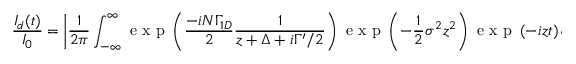
\frac { I _ { d } ( t ) } { I _ { 0 } } = \left| \frac { 1 } { 2 \pi } \int _ { - \infty } ^ { \infty } \mathrm { ~ e ~ x ~ p ~ } \left( \frac { - i N \Gamma _ { 1 D } } { 2 } \frac { 1 } { z + \Delta + i \Gamma ^ { \prime } / 2 } \right) \mathrm { ~ e ~ x ~ p ~ } \left( - \frac { 1 } { 2 } \sigma ^ { 2 } z ^ { 2 } \right) \mathrm { ~ e ~ x ~ p ~ } \left( - i z t \right) d z \right| ^ { 2 } .